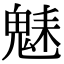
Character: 𩳆